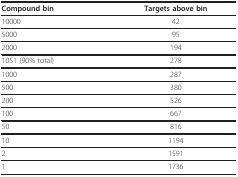
<table><thead><tr><td><b>Compound bin</b></td><td><b>Targets above bin</b></td></tr></thead><tbody><tr><td>10000</td><td>42</td></tr><tr><td>5000</td><td>95</td></tr><tr><td>2000</td><td>194</td></tr><tr><td>1051 (90% total)</td><td>278</td></tr><tr><td>1000</td><td>287</td></tr><tr><td>500</td><td>380</td></tr><tr><td>200</td><td>526</td></tr><tr><td>100</td><td>667</td></tr><tr><td>50</td><td>816</td></tr><tr><td>10</td><td>1194</td></tr><tr><td>2</td><td>1591</td></tr><tr><td>1</td><td>1736</td></tr></tbody></table>